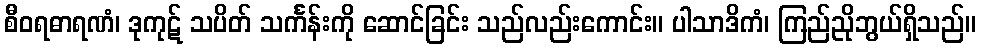
စီဝရဓာရဏံ၊ ဒုကုဋ် သပိတ် သင်္ကန်းကို ဆောင်ခြင်း သည်လည်းကောင်း။ ပါသာဒိကံ၊ ကြည်ညိုဘွယ်ရှိသည်။